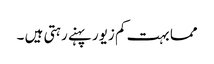
مما بہت کم زیور پہنے رہتی ہیں ۔